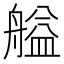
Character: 艗